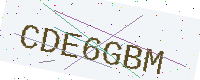
Text: CDE6GBM